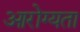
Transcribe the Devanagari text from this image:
आरोग्‍यता